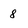
Character: 8